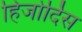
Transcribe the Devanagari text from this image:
हिजोर्दिस